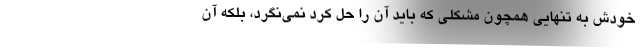
خودش به تنهایی همچون مشکلی که باید آن را حل کرد نمی‌نگرد، بلکه آن